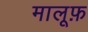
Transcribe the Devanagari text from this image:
मालूफ़